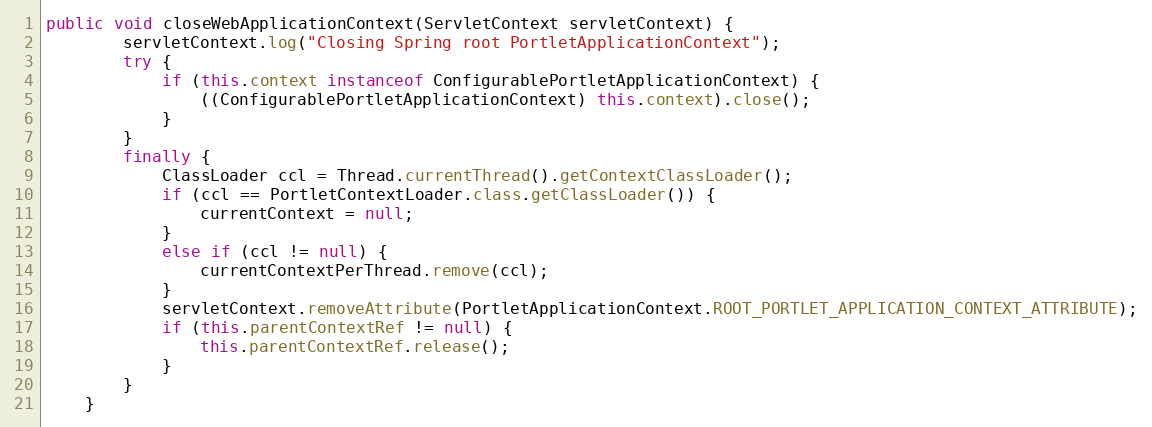
Language: Java
public void closeWebApplicationContext(ServletContext servletContext) {
        servletContext.log("Closing Spring root PortletApplicationContext");
        try {
            if (this.context instanceof ConfigurablePortletApplicationContext) {
                ((ConfigurablePortletApplicationContext) this.context).close();
            }
        }
        finally {
            ClassLoader ccl = Thread.currentThread().getContextClassLoader();
            if (ccl == PortletContextLoader.class.getClassLoader()) {
                currentContext = null;
            }
            else if (ccl != null) {
                currentContextPerThread.remove(ccl);
            }
            servletContext.removeAttribute(PortletApplicationContext.ROOT_PORTLET_APPLICATION_CONTEXT_ATTRIBUTE);
            if (this.parentContextRef != null) {
                this.parentContextRef.release();
            }
        }
    }